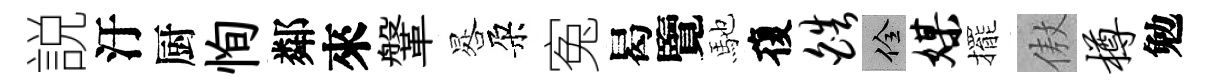
説汙厨恂鄰來鞶晷朶寃曷覽馳復皓佺媒擺傲樽勉